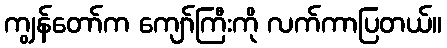
ကျွန်တော်က ကျော်ကြီးကို လက်ကာပြတယ်။